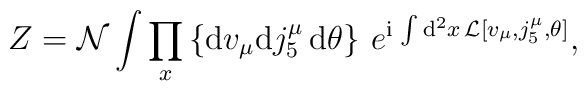
Z = {\cal N} \int \prod_x \left\{ {\rm d}v_{\mu} {\rm d}j^{\mu}_5 \,     {\rm d}\theta \right\} \,    e^{{\rm i} \, \int {\rm d}^2x \, {\cal L}[v_{\mu},j^{\mu}_5,\theta]},